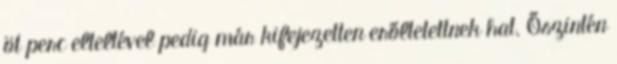
öt perc elteltével pedig már kifejezetten erőltetettnek hat. Őszintén